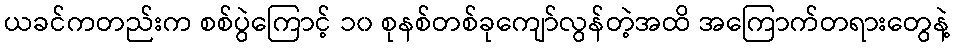
ယခင်ကတည်းက စစ်ပွဲကြောင့် ၁၀ စုနစ်တစ်ခုကျော်လွန်တဲ့အထိ အကြောက်တရားတွေနဲ့